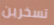
تسخرين